[Report on the health of British troops in the Madras command]
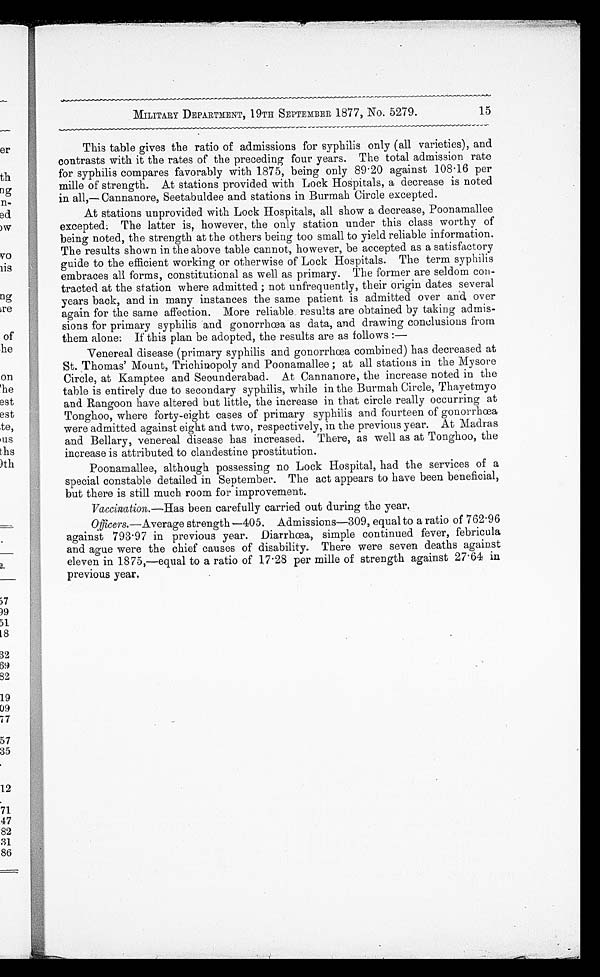
( 2 )
At only two of the stations at which lock hospitals are established are
European troops located, viz., at Rangoon and
Thayetmyo. In both these there is an appre-
ciable diminution in the amount of venereal
disease among the soldiery. At Rangoon 9.36
per cent. were admitted into hospital on account
of venereal affections during the past year, being
2 . 60 less than in the previous year, and 11 .60 less than in 1870.
At Thayetmyo only 1 . 53 per cent. were admitted in 1873, being .76 less
than in 1872, and 8 . 93 less than 1870. The weekly returns have been regularly
furnished.
The subjoined statement shows the extent of venereal disease among the
European troops in the British Burma Division during the year 1873 :
—
NUMBER OF ADMISSIONS FROM VENEREAL
DISEASES FOR PERIOD 0F OCCUPATION .
D e d u c t c a s e s c o n t r a c t e d a t o t h e r p l a c e s
B a l a n c e n u m b e r o f c a s e s .
R a t i o o f a d m i s s i o n s p e r 1 , 0 0 0 o f s t r e n g t h f o r p e r i o d o f o c c u p a t i o n .
STATION .
•
A v e r a g e S t r e n g t h
P r i m a r y s y p h i l i s .
G o n o r r h o c a
P h y m o s i s
S t r i c t u r e
W a r t s
O r c h i t i s
( G o n o r r h o e a l
S e c o n d a r y s y p h i l i s
T o t a l
Rangoon
.. 1,175 68
32
. .
..
..
..
9
109 Unknown 109 92.76
Thayetmyo
.. 583 ..
..
..
..
. . .. ..
14
..
14
24.01
No Cantonment Sub-Committee exists. The
Rangoon Lock Hospital is supervised by the Town
Magistrate of Rangoon, and is worked under the
Cantonment Rules, Chapter V., Act XXII. of
1864.
At Thayetmyo there is no Sub-Committee, but the Cantonment Magistrate
exercises supervision under the direction of the Cantonment Committee.
Supervision over the working of the other lock hospitals is exercised by the
local magisterial officers.
At Rangoon a special police officer is charged
with the working of the Act, and assists in con-
ducting prosecutions against unlicensed prosti-
tutes.
At Thayetmyo many unregistered prostitutes
plying their trade in a clandestine manner, and disseminating disease, have been
secured by the followin r use :—Trustworthy individuals were employed to visit
their haunts, and enter into engagements with the suspected female, and, as soon
as the bargains were struck, the women were apprehended. All those thus
secured were found to be extensively diseased.
At Moulmein special constables were occasionally detached to those parts
of the town in which it was suspected that secret prostitution was being carried
on.
At the other stations no special measures appear to have been taken for the
control of prostitution, or for the detection of women practising their calling
without a license.
Registration has, on the whole, been
efficient, though it might be made still more so
if a special police officer and staff were appointed
to supervise the working of the Act.
III—The extent of venereal disease
among the European troops, as shown
by the weekly returns. Have these
returns been received regularly, and
if not, has the irregularity been
brought to notice ?
IV.—Whether a Cantonment Sub-
Committee for exercising special super-
vision over the rules has existed
throu ghout the year, and what officers
composed it.
V.—What, special measures have
been taken for the control of prostitu
tion, and specially for preventing the
danger arising from unlicensed prosti-
tutes.
VI.—How far the registration has been
efficient, to what classes it exten ds, and
over what area.—Any increase or decrease
in the numbers should be explained.